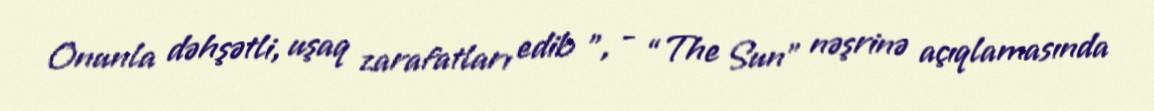
Onunla dəhşətli, uşaq zarafatları edib ", - “The Sun” nəşrinə açıqlamasında